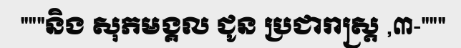
"""និង សុភមង្គល ជូន ប្រជារាស្ត្រ ,៣-"""